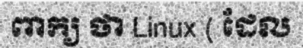
ពាក្យ ថា Linux ( ដែល